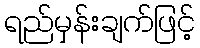
ရည်မှန်းချက်ဖြင့်